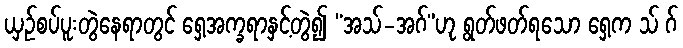
ယှဉ်စပ်ပူးတွဲနေရာတွင် ရှေ့အက္ခရာနှင့်တွဲ၍ “အသ်-အဂ်”ဟု ရွတ်ဖတ်ရသော ရှေ့က သ် ဂ်